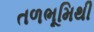
તળભૂમિથી